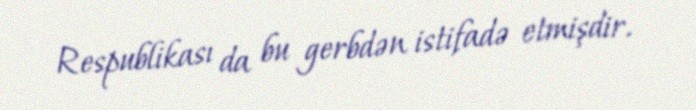
Respublikası da bu gerbdən istifadə etmişdir.